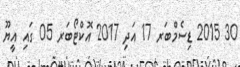
30 2015 ޑިސެމްބަރ 17 އަދި 2017 އޮކްޓޯބަރ 05 ގައި އީޔޫ